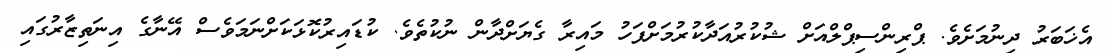
އެޚަބަރު ދިނުމަށެވެ. ޕްރިންސިޕްލްއަށް ޝުކުރުއަދާކުރުމަށްފަހު މައިރާ ގެޔަށްދާން ނުކުތެވެ. ކުޑައިރުކޮޅަކަށްނަމަވެސް އޭނާގެ އިނަތިޒާރުގައި